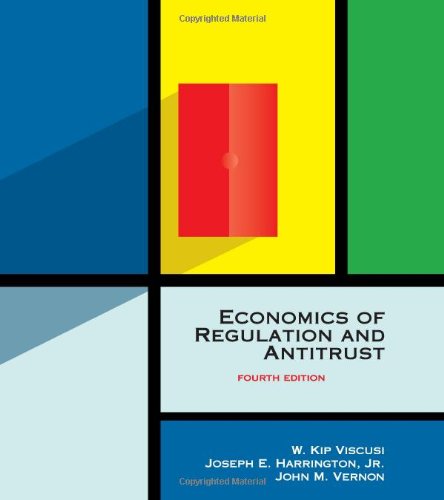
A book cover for Economics of Regulation and Antitrust, 4th Edition; W. Kip Viscusi; Law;